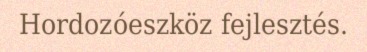
Hordozóeszköz fejlesztés.